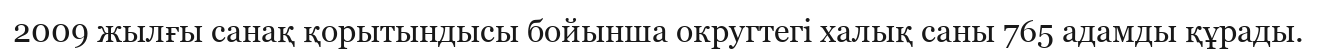
2009 жылғы санақ қорытындысы бойынша округтегі халық саны 765 адамды құрады.